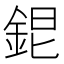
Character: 𨦆